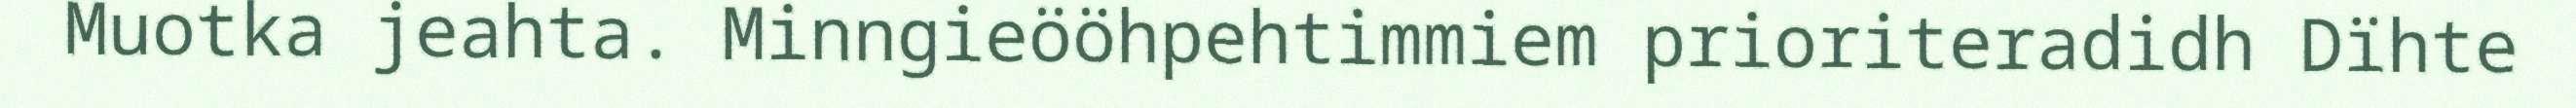
Muotka jeahta. Minngieööhpehtimmiem prioriteradidh Dïhte